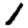
Digit: 1